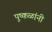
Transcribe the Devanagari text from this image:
पुष्कळांनी